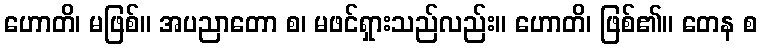
ဟောတိ၊ မဖြစ်။ အပညာတော စ၊ မဖင်ရှားသည်လည်း။ ဟောတိ၊ ဖြစ်၏။ တေန စ